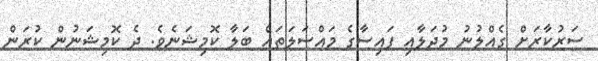
ސަރުކާރަށް ގެއްލުނު މުދަލާއި ފައިސާގެ މައްސަލަތައް ބަލާ ކޮމިޝަނެވެ. ދެ ކޮމިޝަނުން ކުރަން